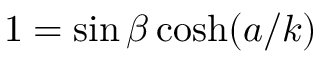
1 = \sin \beta \cosh ( a / k )